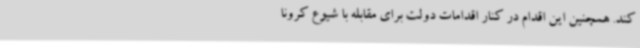
کند. همچنین این اقدام در کنار اقدامات دولت برای مقابله با شیوع کرونا